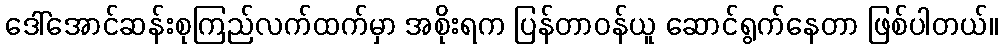
ဒေါ်အောင်ဆန်းစုကြည်လက်ထက်မှာ အစိုးရက ပြန်တာဝန်ယူ ဆောင်ရွက်နေတာ ဖြစ်ပါတယ်။